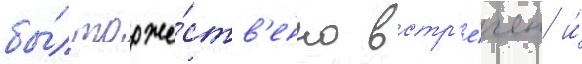
бы́л торже́ств'енно встр'е́чен и́